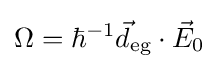
\Omega =\hbar ^{-1}{\vec {d}}_{\text{eg}}\cdot {\vec {E}}_{0}